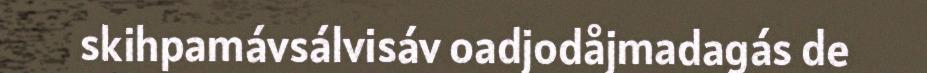
skihpamávsálvisáv oadjodåjmadagás de